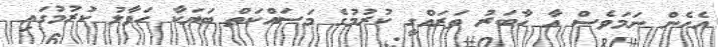
އެހެން ނަމަވެސް އާ ހާބަރު ތަރައްގީ ކުރުމުގެ މަސައްކަތް ބަޔަކާ ހަވާލު ކުރުމުގައި